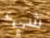
شيء